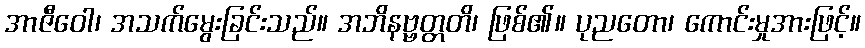
အာဇီဝေါ၊ အသက်မွေးခြင်းသည်။ အဘိနဗ္ဗတ္တတိ၊ ဖြစ်၏။ ပုညတော၊ ကောင်းမှုအားဖြင့်။